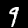
Label: 9